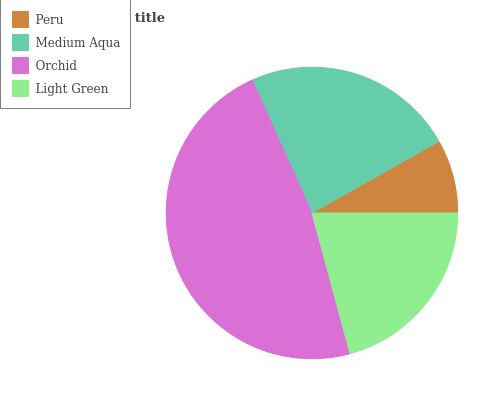
| Peru | Medium Aqua | Orchid | Light Green |
 | --- | --- | --- | --- |
 | 8.18% | 23.6% | 47.4% | 20.8% |